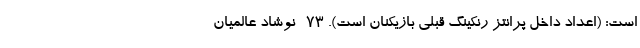
است: (اعداد داخل پرانتز رنکینگ قبلی بازیکنان است). ۷۳- نوشاد عالمیان